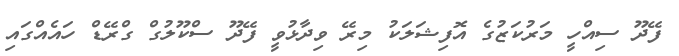
ފޭދޫ ސިއްހީ މަރުކަޒުގެ އޮފިޝަލަކު މިރޭ ވިދާޅުވީ ފޭދޫ ސްކޫލުގް ގްރޭޑް ހައެއްގައި